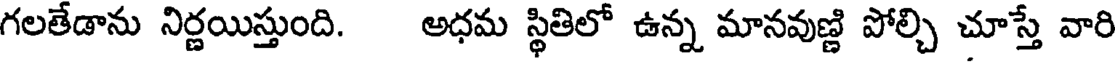
గలతేడాను నిర్ణయిస్తుంది. అధమ స్థితిలో ఉన్న మానవుణ్ణి పోల్చి చూస్తే వారి